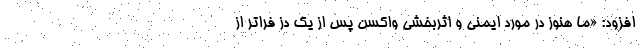
افزود: «ما هنوز در مورد ایمنی و اثربخشی واکسن پس از یک دُز فراتر از